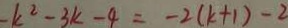
- k ^ { 2 } - 3 k - 4 = - 2 ( k + 1 ) - 2